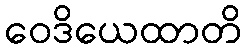
ဝေဒိယေထာတိ